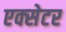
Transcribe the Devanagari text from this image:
एक्‍सेटर